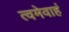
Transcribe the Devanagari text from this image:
त्वमेवाहं